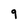
Character: 9